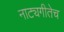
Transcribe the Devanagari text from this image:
नाट्यगीतेच